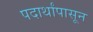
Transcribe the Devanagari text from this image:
पदार्थांपासून